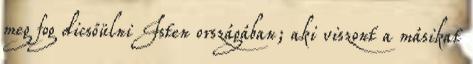
meg fog dicsőülni Isten országában; aki viszont a másikat